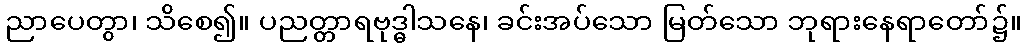
ညာပေတွာ၊ သိစေ၍။ ပညတ္တာရဗုဒ္ဓါသနေ၊ ခင်းအပ်သော မြတ်သော ဘုရားနေရာတော်၌။